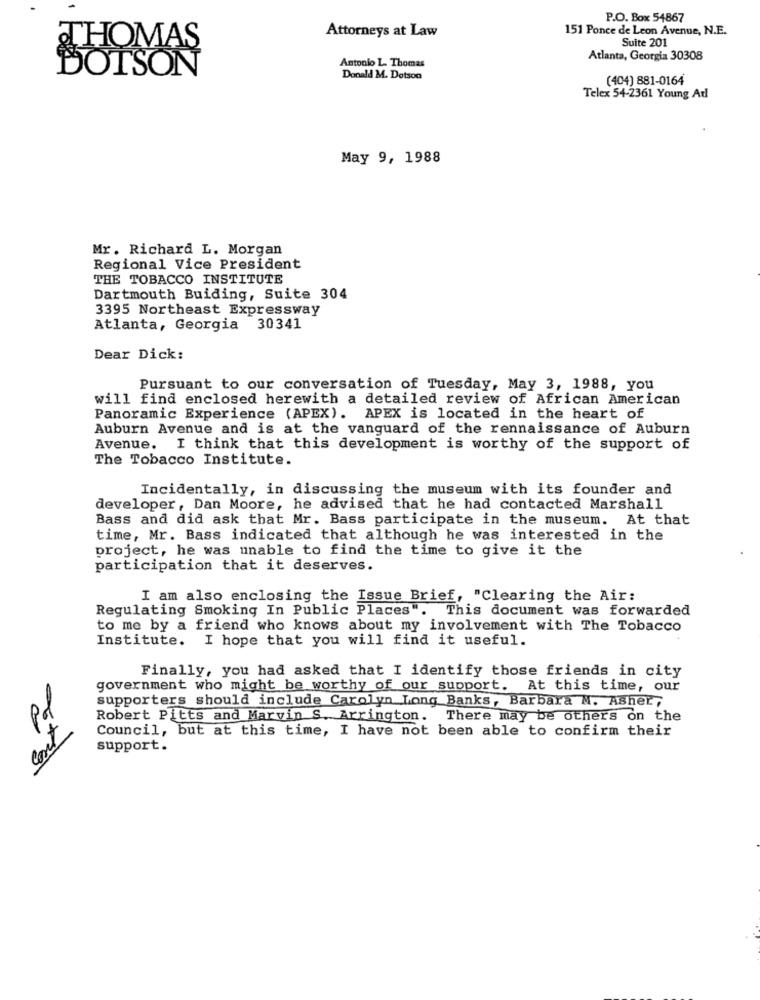
P.O. Box 54867
Attorneys at Law
151 Ponce de Leon Avenue, N.E.
THOMAS
Suite 201
Atlanta, Georgia 30308
DOTSON
Antonio L. Thomas
Donald M. Dotson
(404) 881-0164
Telex 54-2361 Young Ad
May 9, 1988
Mr. Richard L. Morgan
Regional Vice President
THE TOBACCO INSTITUTE
Dartmouth Buiding, Suite 304
3395 Northeast Expressway
Atlanta, Georgia 30341
Dear Dick:
Pursuant to our conversation of Tuesday, May 3, 1988, you
will find enclosed herewith a detailed review of African American
Panoramic Experience (APEX). APEX is located in the heart of
Auburn Avenue and is at the vanguard of the rennaissance of Auburn
Avenue. I think that this development is worthy of the support of
The Tobacco Institute.
Incidentally, in discussing the museum with its founder and
developer, Dan Moore, he advised that he had contacted Marshall
Bass and did ask that Mr. Bass participate in the museum. At that
time, Mr. Bass indicated that although he was interested in the
project, he was unable to find the time to give it the
participation that it deserves.
I am also enclosing the Issue Brief, "Clearing the Air:
Regulating Smoking In Public Places". This document was forwarded
to me by a friend who knows about my involvement with The Tobacco
Institute. I hope that you will find it useful.
Finally, you had asked that I identify those friends in city
government who might be worthy of our support. At this time, our
supporters should include Carolyn Long Banks, Barbara M. ASher,
pd
Robert Pitts and Marvin S. Arrington. There may be others on the
cont
Council, but at this time, I have not been able to confirm their
support.